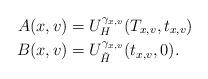
LaTeX: \begin{align*}A(x,v)&=U_H^{\gamma_{x,v}}(T_{x,v},t_{x,v})\quad\\B(x,v)&=U_{\tilde H}^{\gamma_{x,v}}(t_{x,v},0).\end{align*}